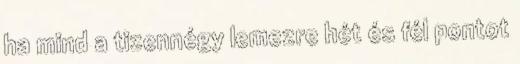
ha mind a tizennégy lemezre hét és fél pontot